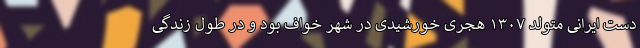
دست ایرانی متولد ۱۳۰۷ هجری خورشیدی در شهر خواف بود و در طول زندگی